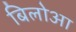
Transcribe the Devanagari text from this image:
बिलोआ